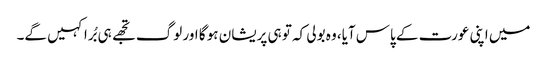
میں اپنی عورت کے پاس آیا، وہ بولی کہ تو ہی پریشان ہو گا اور لوگ تجھے ہی بُرا کہیں گے۔